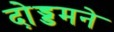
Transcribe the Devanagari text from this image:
दो़ड्डमने